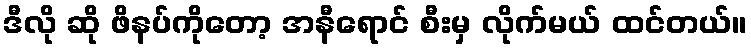
ဒီလို ဆို ဖိနပ်ကိုတော့ အနီရောင် စီးမှ လိုက်မယ် ထင်တယ်။